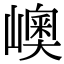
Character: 㠗